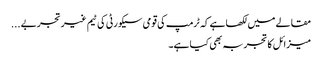
مقالے میں لکھا ہے کہ ٹرمپ کی قومی سیکورٹی کی ٹیم غیر تجربے ...
میزائل کا تجربہ بھی کیا ہے۔